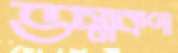
ভস্মকণা